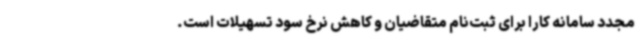
مجدد سامانه کارا برای ثبت‌نام متقاضیان و کاهش نرخ سود تسهیلات است.